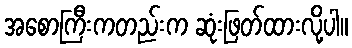
အစောကြီးကတည်းက ဆုံးဖြတ်ထားလို့ပါ။